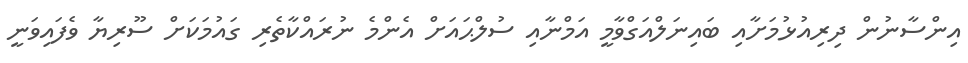
އިންސާނުން ދިރިއުޅުމަށާއި ބައިނަލްއަގްވާމީ އަމްނާއި ސުލްޙައަށް އެންމެ ނުރައްކާތެރި ގައުމަކަށް ސޫރިޔާ ވެފައިވަނީ